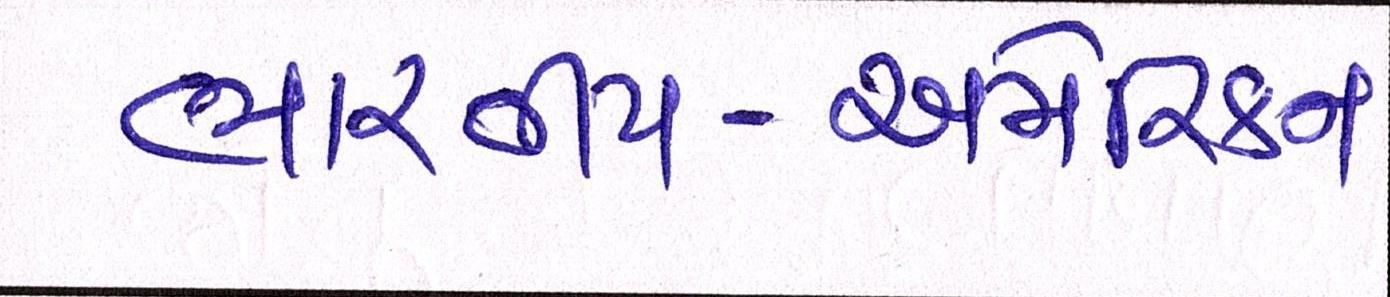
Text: ભારતીય-અમેરિકન